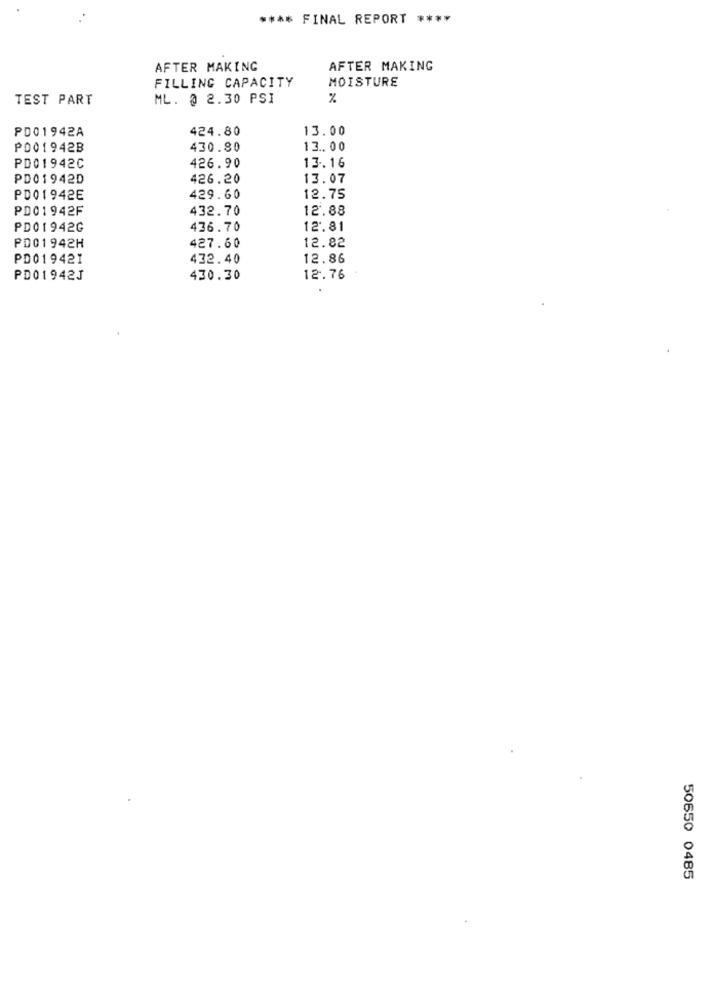
**** FINAL REPORT ****
AFTER MAKING
AFTER MAKING
FILLING CAPACITY
MOISTURE
TEST PART
ML. @ 2.30 PSI
%
PD01942A
424.80
13.00
₱001942B
430.80
13.00
426.90
PD01942C
13.16
PD01942D
426.20
13.07
PD01942E
429.60
12.75
PD01942F
432.70
12.88
PD01942G
436.70
12.81
PD01942H
427.60
12.82
PD019421
432.40
12.86
PD01942J
430.30
12.76
50650 0485